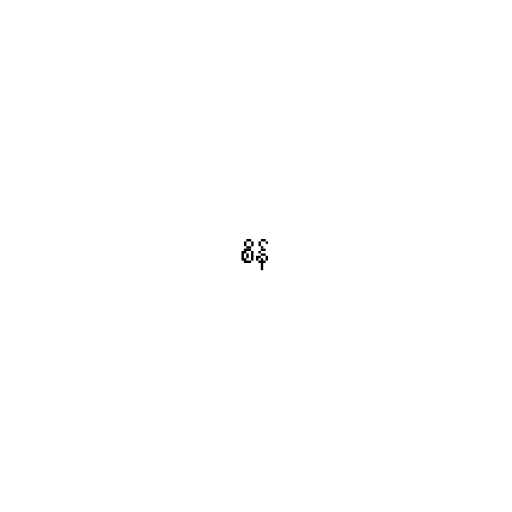
စိန်